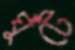
ঘুঁটে